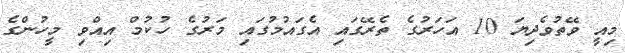
މިއީ ވޭތުވެދިޔަ 10 އަހަރުގެ ތެރޭގައި އެގައުމުގައި މަރުގެ ހުކުމް އިއްވި މީހުންގެ